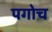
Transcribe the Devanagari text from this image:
पगोच